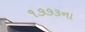
૧૭૭૩ના